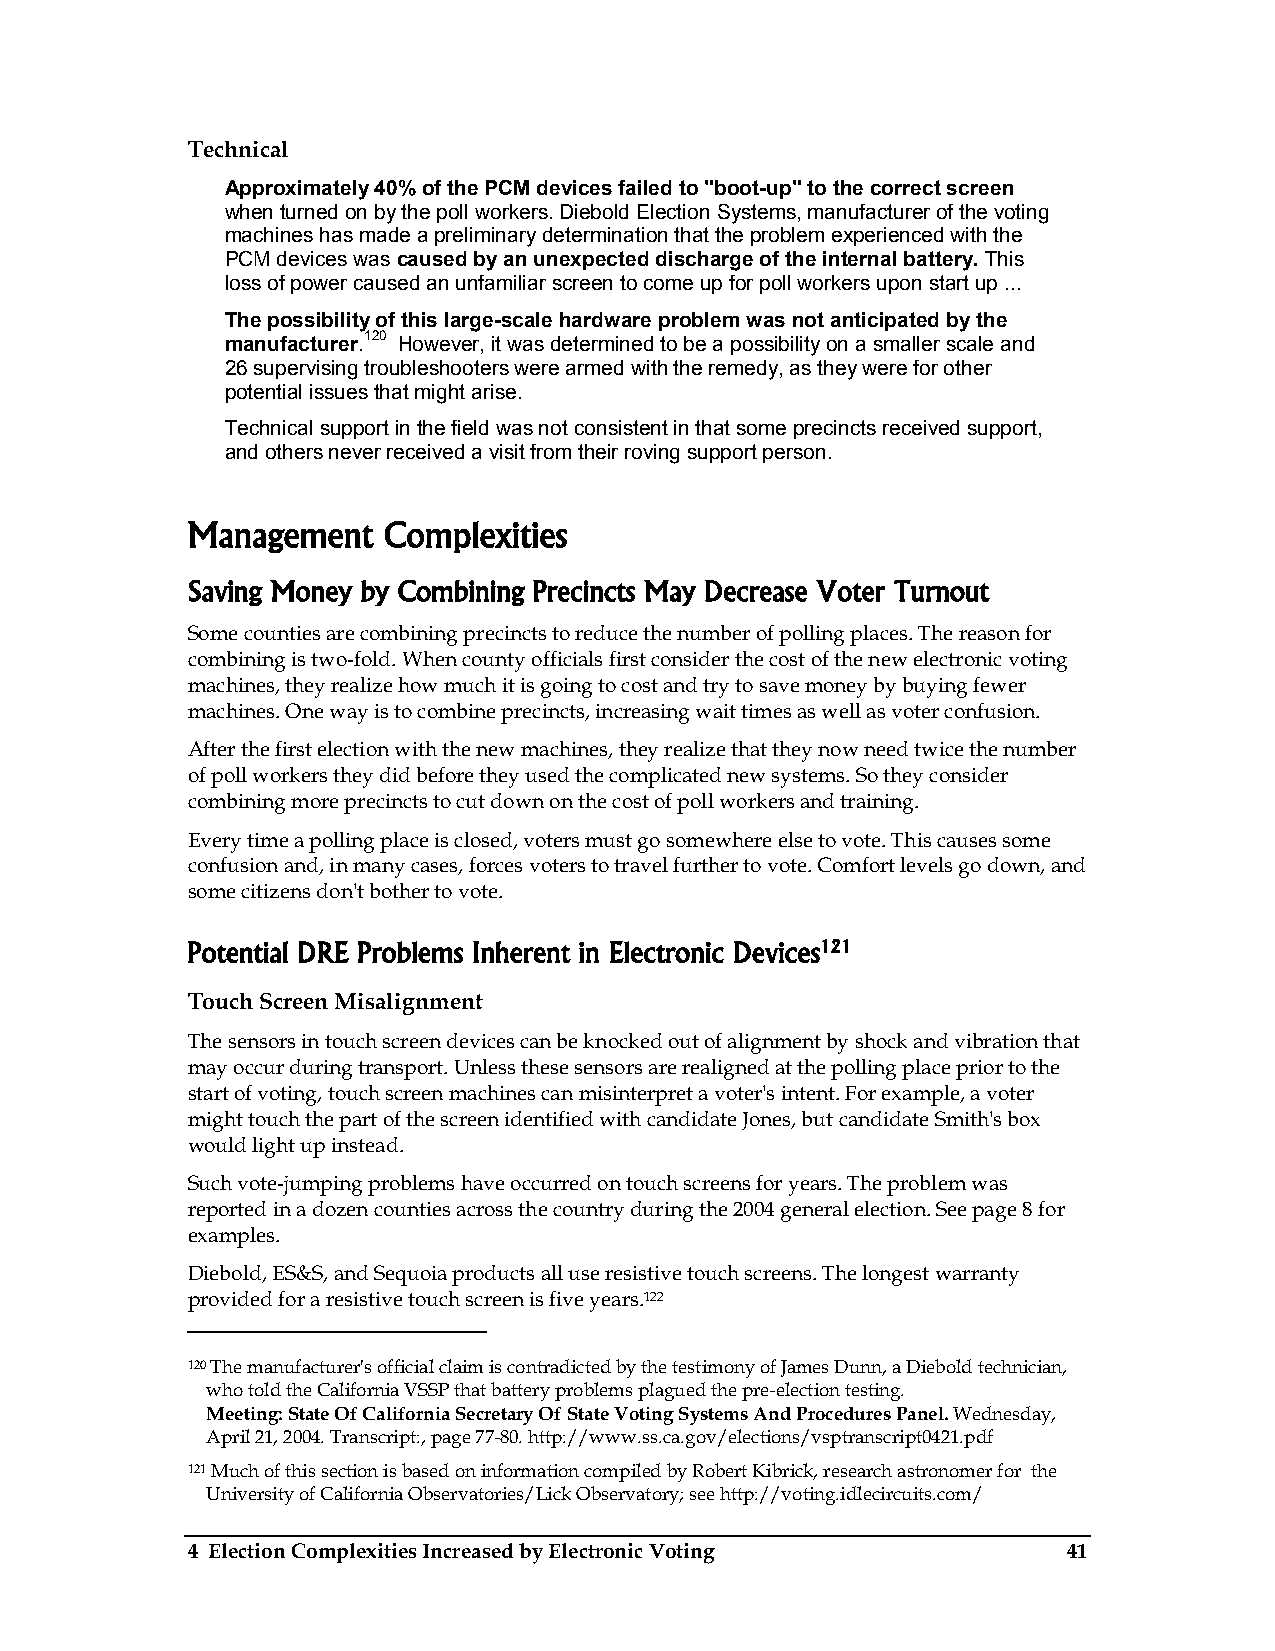
Technical
 Approximately 40% of the PCM devices failed to "boot-up" to the correct screen
 when turned on by the poll workers. Diebold Election Systems, manufacturer of the voting
 machines has made a preliminary determination that the problem experienced with the
 PCM devices was caused by an unexpected discharge of the internal battery. This
 loss of power caused an unfamiliar screen to come up for poll workers upon start up ...
 The possibility of this large-scale hardware problem was not anticipated by the
 manufacturer.120 However, it was determined to be a possibility on a smaller scale and
 26 supervising troubleshooters were armed with the remedy, as they were for other
 potential issues that might arise.
 Technical support in the field was not consistent in that some precincts received support,
 and others never received a visit from their roving support person.
 Management   Complexities
 Saving Money by Combining Precincts May Decrease Voter Turnout
 Some counties are combining precincts to reduce the number of polling places. The reason for
 combining is two-fold. When county officials first consider the cost of the new electronic voting
 machines, they realize how much it is going to cost and try to save money by buying fewer
 machines. One way is to combine precincts, increasing wait times as well as voter confusion.
 After the first election with the new machines, they realize that they now need twice the number
 of poll workers they did before they used the complicated new systems. So they consider
 combining more precincts to cut down on the cost of poll workers and training.
 Every time a polling place is closed, voters must go somewhere else to vote. This causes some
 confusion and, in many cases, forces voters to travel further to vote. Comfort levels go down, and
 some citizens don't bother to vote.
 Potential DRE Problems Inherent in Electronic Devices121
 Touch Screen Misalignment
 The sensors in touch screen devices can be knocked out of alignment by shock and vibration that
 may occur during transport. Unless these sensors are realigned at the polling place prior to the
 start of voting, touch screen machines can misinterpret a voter's intent. For example, a voter
 might touch the part of the screen identified with candidate Jones, but candidate Smith's box
 would light up instead.
 Such vote-jumping problems have occurred on touch screens for years. The problem was
 reported in a dozen counties across the country during the 2004 general election. See page 8 for
 examples.
 Diebold, ES&S, and Sequoia products all use resistive touch screens. The longest warranty
 provided for a resistive touch screen is five years.122
 120 The manufacturer's official claim is contradicted by the testimony of James Dunn, a Diebold technician,
 who told the California VSSP that battery problems plagued the pre-election testing.
 Meeting: State Of California Secretary Of State Voting Systems And Procedures Panel. Wednesday,
 April 21, 2004. Transcript:, page 77-80. http://www.ss.ca.gov/elections/vsptranscript0421.pdf
 121 Much of this section is based on information compiled by Robert Kibrick, research astronomer for the
 University of California Observatories/Lick Observatory; see http://voting.idlecircuits.com/
 4 Election Complexities Increased by Electronic Voting     41